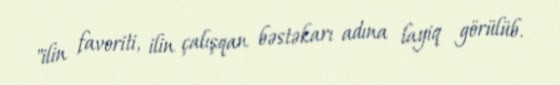
"ilin favoriti, ilin çalışqan bəstəkarı adına layiq görülüb.